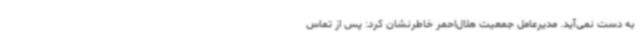
به دست نمی‌آید. مدیرعامل جمعیت هلال‌احمر خاطرنشان کرد: پس از تماس